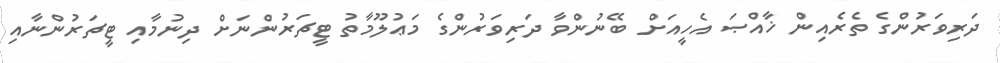
ދަރިވަރުންގެ ތެރެއިން ޚާއްޞަ އެހީއަށް ބޭނުންވާ ދަރިވަރުންގެ މަޢުލޫމާތު ޓީޗަރުންނަށް ދިނުމާއި ޓީޗަރުންނާއި